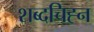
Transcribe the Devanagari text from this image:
शब्दचिह्न